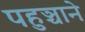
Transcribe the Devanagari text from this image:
पहुञ्चाने